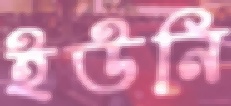
ইউনি